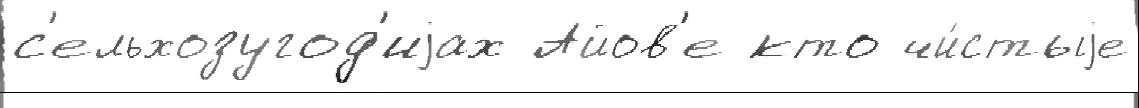
с'ельхозугод'иjах Айов'е кто чи́стыjе